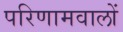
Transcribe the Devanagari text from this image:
परिणामवालों